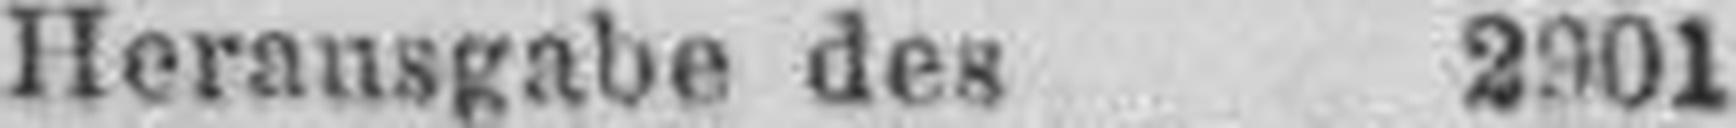
Heransgabe des 2901